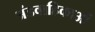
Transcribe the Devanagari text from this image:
अंडवाहिकाओं